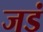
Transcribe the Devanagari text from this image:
जडं